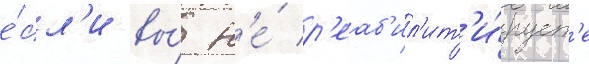
е́сл'и вы́ н'е́ р'еаб'ил'ит'и́рует'е